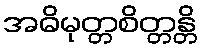
အဓိမုတ္တစိတ္တန္တိ